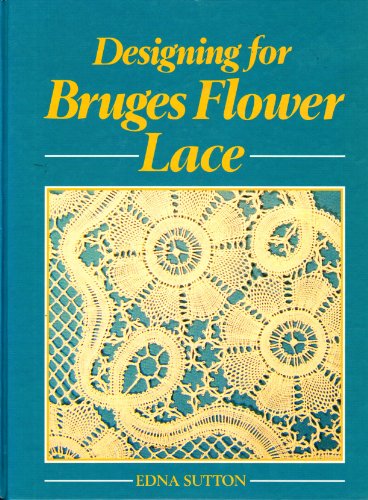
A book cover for Designing for Bruges Flower Lace..; Edna Sutton; Crafts, Hobbies & Home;